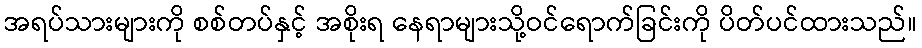
အရပ်သားများကို စစ်တပ်နှင့် အစိုးရ နေရာများသို့ဝင်ရောက်ခြင်းကို ပိတ်ပင်ထားသည်။